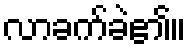
လာခက်ခဲ၏။